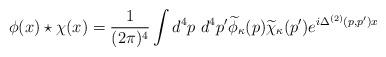
LaTeX: \begin{align*} \phi(x) \star \chi(x) = {1\over (2\pi)^{4}} \int d^{4} p \ d^{4}p^{\prime} \widetilde{\phi}_{\kappa}(p) \widetilde{\chi}_{\kappa}(p^{\prime})e^{i\Delta^{(2)}(p,p^{\prime}){x}}\end{align*}